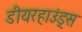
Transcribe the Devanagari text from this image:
डीयरहाउंड्स